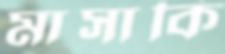
মাসাকি